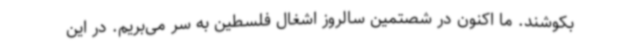
بکوشند. ما اکنون در شصتمین سالروز اشغال فلسطین به سر می‌بریم. در این